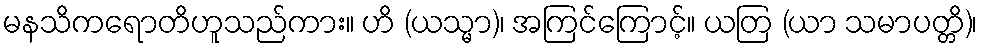
မနသိကရောတိဟူသည်ကား။ ဟိ (ယသ္မာ)၊ အကြင်ကြောင့်။ ယတြ (ယာ သမာပတ္တိ)၊